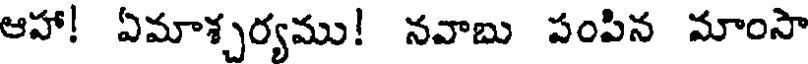
ఆహా! ఏమాశ్చర్యము! నవాబు పంపిన మాంసా